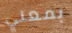
بمعني